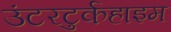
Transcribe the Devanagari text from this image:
उंटरटुर्कहाइम